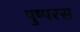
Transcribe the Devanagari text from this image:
पुष्परस